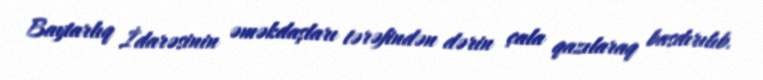
Baytarlıq İdarəsinin əməkdaşları tərəfindən dərin çala qazılaraq basdırılıb.